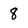
Character: 8